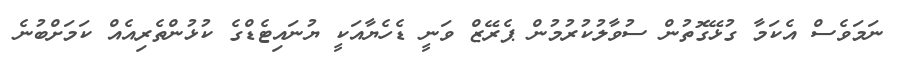
ނަމަވެސް އެކަމާ ގުޅޭގޮތުން ސުވާލުކުރުމުން ޕެރޭޒް ވަނީ ޑެހެޔާއަކީ ޔުނައިޓެޑްގެ ކުޅުންތެރިއެއް ކަމަށްބުނެ